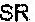
SR